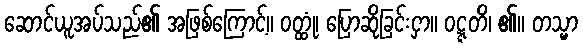
ဆောင်ယူအပ်သည်၏ အဖြစ်ကြောင့်။ ဝတ္ထုံ၊ ပြောဆိုခြင်းငှာ။ ဝဋ္ဋတိ၊ ၏။ တသ္မာ